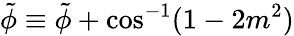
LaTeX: \tilde{\phi}\equiv\tilde{\phi}+\cos^{-1}(1-2m^{2})